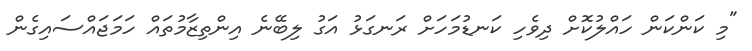
"މި ކަންކަން ހައްލުކޮށް ދިވެހި ކަނޑުމަހަށް ރަނގަޅު އަގު ލިބޭނެ އިންތިޒާމުތައް ހަމަޖައްސައިގެން